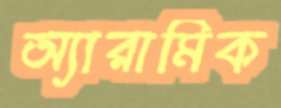
অ্যারামিক